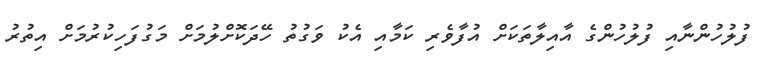
ފުލުހުންނާއި ފުލުހުންގެ އާއިލާތަކަށް އުފާވެރި ކަމާއި އެކު ވަގުތު ހޭދަކޮށްލުމަށް މަގުފަހިކުރުމަށް އިތުރު